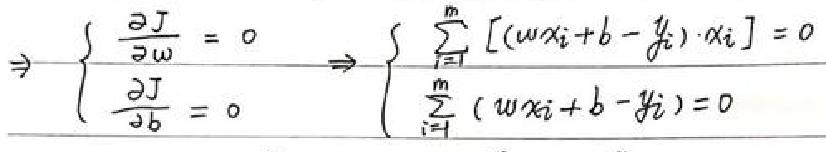
\Rightarrow \left\{\begin{array}{l}
\frac{\partial J}{\partial w}=0 \Rightarrow \sum_{i=1}^{n}\left[\left(w x_{i}+b-y_{i}\right) \cdot x_{i}\right]=0 \\
\frac{\partial J}{\partial b}=0 \Rightarrow \sum_{i=1}^{n}\left(w x_{i}+b-y_{i}\right)=0
\end{array}\right.